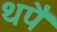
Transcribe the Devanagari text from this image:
थपै